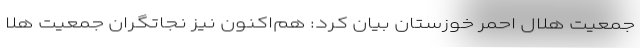
جمعیت هلال احمر خوزستان بیان کرد: هم‌اکنون نیز نجاتگران جمعیت هلا